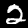
Digit: 2